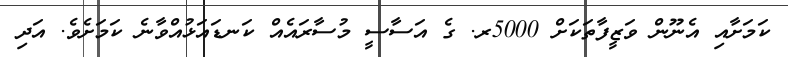
ކަމަށާއި އެނޫން ވަޒީފާތަކަށް 5000ރ. ގެ އަސާސީ މުސާރައެއް ކަނޑައަޅުއްވާނެ ކަމަށެވެ. އަދި